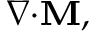
\scriptstyle \nabla \cdot \mathbf { M } ,